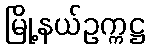
မြို့နယ်ဥက္ကဋ္ဌ